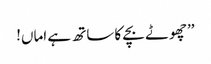
’’چھوٹے بچے کا ساتھ ہے اماں!